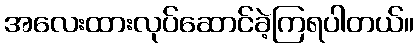
အလေးထားလုပ်ဆောင်ခဲ့ကြရပါတယ်။